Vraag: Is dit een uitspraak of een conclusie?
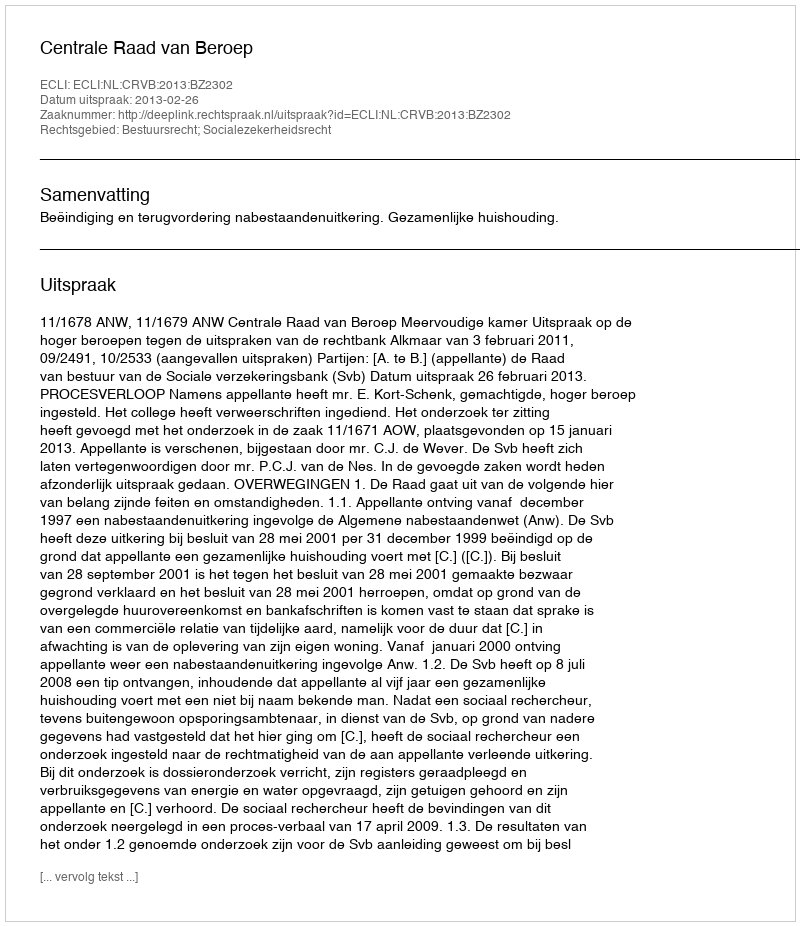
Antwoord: Uitspraak